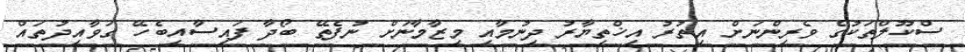
ސްކޫލްތަކުގެ ވެރިންނަށް އިތުރު އިޚްތިޔާރު ދިނުމާއި މިޒާމާނަށް ނުފެތޭ ބޯދާ ފައިސާއިބެހޭ ގަވާއިދުތައް